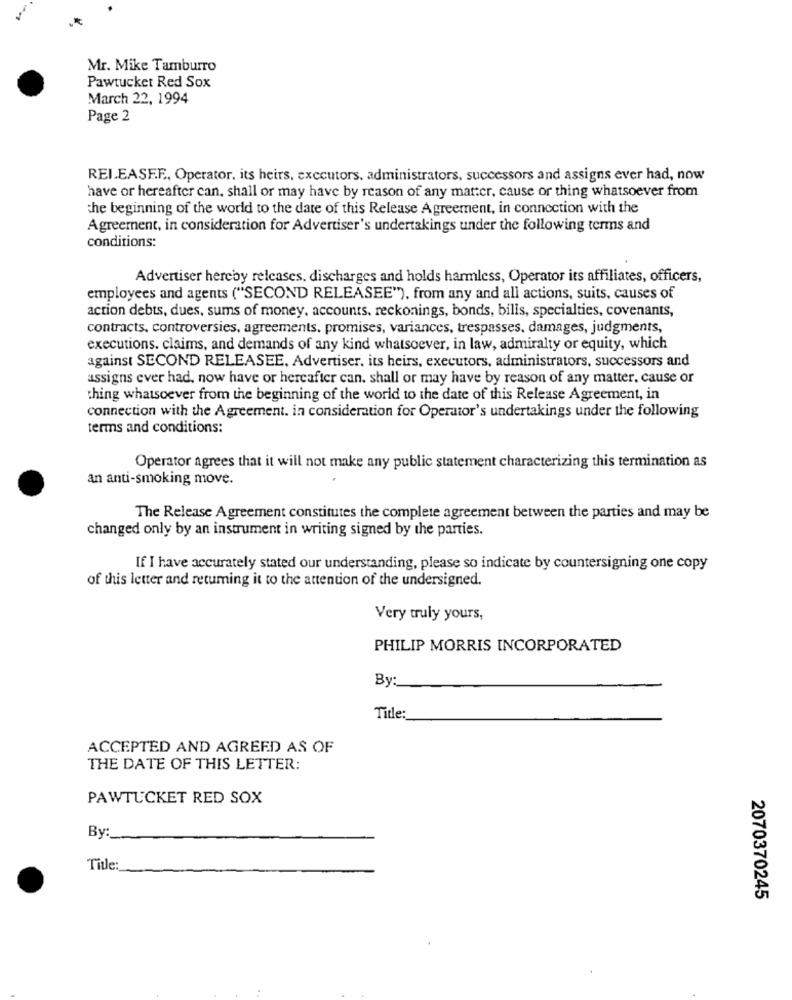
,*
Mr. Mike Tamburro
Pawtucket Red Sox
March 22, 1994
Page 2
REI.EASE.F ., Operator, its heirs, executors, administrators, successors and assigns ever had, now
have or hereafter can, shall or may have by reason of any matter, cause or thing whatsoever from
the beginning of the world to the date of this Release Agreement, in connection with the
Agreement, in consideration for Advertiser's undertakings under the following terms and
conditions:
Advertiser hereby releases. discharges and holds harmless, Operator its affiliates, officers,
employees and agents ("SECOND RELEASEE"), from any and all actions, suits, causes of
action debts, dues, sums of money, accounts, reckonings, bonds, bills, specialties, covenants,
contracts, controversies, agreements, promises, variances, trespasses, damages, judgments,
executions. claims, and demands of any kind whatsoever, in law, admiralty or equity, which
against SECOND RELEASEE, Advertiser, its heirs, executors, administrators, successors and
assigns ever had, now have or hereafter can. shall or may have by reason of any matter, cause or
thing whatsoever from the beginning of the world to the date of this Release Agreement, in
connection with the Agreement. in consideration for Operator's undertakings under the following
terms and conditions:
Operator agrees that it will not make any public statement characterizing this termination as
an anti-smoking move.
The Release Agreement constitutes the complete agreement between the parties and may be
changed only by an instrument in writing signed by the parties.
If I have accurately stated our understanding, please so indicate by countersigning one copy
of this letter and retuming it to the attention of the undersigned.
Very truly yours,
PHILIP MORRIS INCORPORATED
By:
Title:
ACCEPTED AND AGREED AS OF
THE DATE OF THIS LETTER:
PAWTUCKET RED SOX
By :_
Title:
2070370245